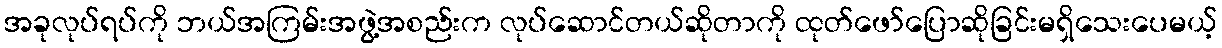
အခုလုပ်ရပ်ကို ဘယ်အကြမ်းအဖွဲ့အစည်းက လုပ်ဆောင်တယ်ဆိုတာကို ထုတ်ဖော်ပြောဆိုခြင်းမရှိသေးပေမယ့်